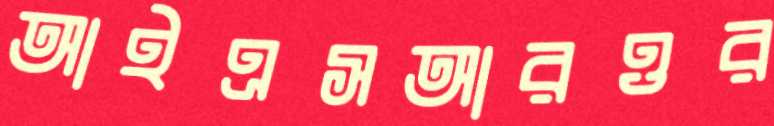
আইএসআরওর